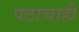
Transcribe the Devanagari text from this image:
पटाचाही